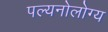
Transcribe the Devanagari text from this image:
पल्यनोलोग्य